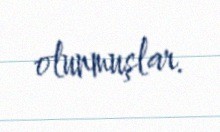
olunmuşlar.